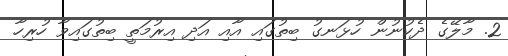
2. މާލޭގެ ދެކުނުން ހުޅަނގު ބިތުގައި އާއި އަދި އިރުމަތީ ބިތުގައިވާ ހުރިހާ